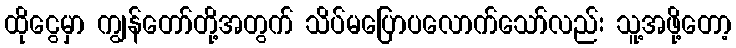
ထိုငွေမှာ ကျွန်တော်တို့အတွက် သိပ်မပြောပလောက်သော်လည်း သူ့အဖို့တော့